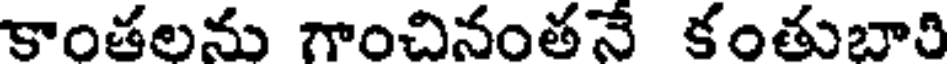
కాంతలను గాంచినంతనే కంతుబారి